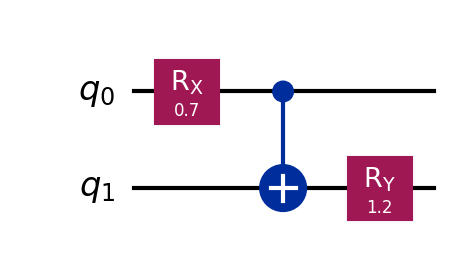
Description: Parametric circuit with non-standard angle values
描述: 具有非标准角度值的参数化电路
Category: visual_variants (difficulty: basic)
Qubits: 2, circuit depth: 3

Braket implementation:
from braket.circuits import Circuit
circuit = Circuit()
circuit.rx(0, 0.7)
circuit.cnot(0, 1)
circuit.ry(1, 1.2)